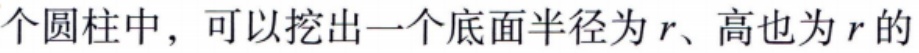
个圆柱中，可以挖出一个底面半径为\(r\)、高也为\(r\)的